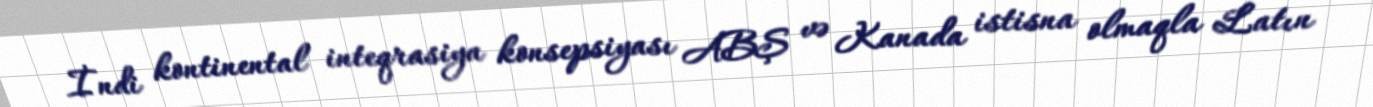
İndi kontinental inteqrasiya konsepsiyası ABŞ və Kanada istisna olmaqla Latın